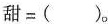
甜= ( )。